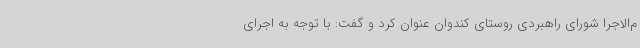
م‌الاجرا شورای راهبردی روستای کندوان عنوان کرد و گفت: با توجه به اجرای